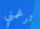
ترغمني